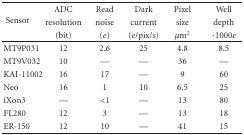
<table><thead><tr><td rowspan="3"><b> Sensor</b></td><td><b> ADC</b></td><td><b>Read</b></td><td><b> Dark</b></td><td><b> Pixel</b></td><td><b> Well</b></td></tr><tr><td><b> resolution</b></td><td><b>noise</b></td><td><b> current</b></td><td><b> size</b></td><td><b> depth</b></td></tr><tr><td><b> (bit)</b></td><td><b> (<i>e</i>)</b></td><td><b> (<i>e</i>/pix/s)</b></td><td><b><i>μ</i>m<sup>2</sup></b></td><td><b>·1000<i>e</i></b></td></tr></thead><tbody><tr><td> MT9P031</td><td> 12</td><td> 2.6</td><td> 25</td><td> 4.8</td><td> 8.5</td></tr><tr><td>MT9V032</td><td> 10</td><td> —</td><td>—</td><td>36</td><td>—</td></tr><tr><td>KAI-11002</td><td> 16</td><td> 17</td><td> —</td><td>9</td><td>60</td></tr><tr><td>Neo</td><td> 16</td><td> 1</td><td> 10</td><td> 6.5</td><td> 25</td></tr><tr><td>iXon3</td><td>—</td><td>&lt;1</td><td>—</td><td>13</td><td>80</td></tr><tr><td>FL280</td><td> 12</td><td> 3</td><td>—</td><td> 13</td><td>18</td></tr><tr><td>ER-150</td><td> 12</td><td> 10</td><td>—</td><td> 41</td><td>15</td></tr></tbody></table>